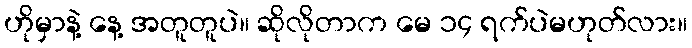
ဟိုမှာနဲ့ နေ့ အတူတူပဲ။ ဆိုလိုတာက မေ ၁၄ ရက်ပဲမဟုတ်လား။